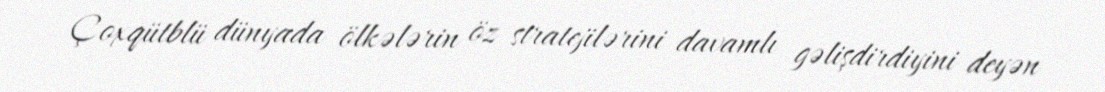
Çoxqütblü dünyada ölkələrin öz stratejilərini davamlı gəlişdirdiyini deyən